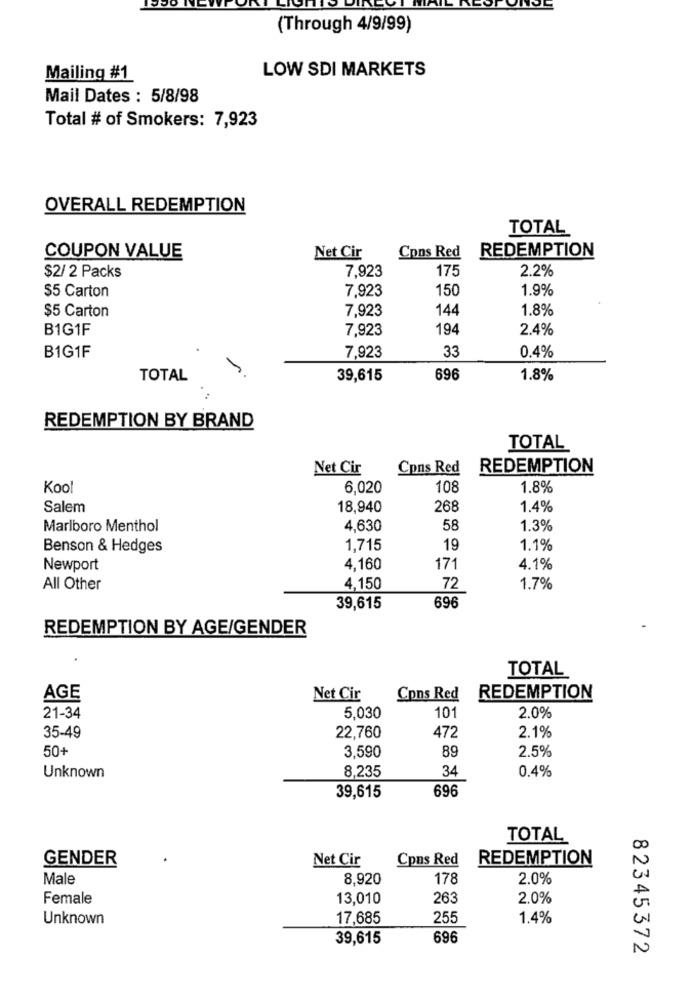
(Through 4/9/99)
LOW SDI MARKETS
Mailing #1
Mail Dates : 5/8/98
Total # of Smokers: 7,923
OVERALL REDEMPTION
TOTAL
REDEMPTION
COUPON VALUE
Net Cir
Cons Red
7,923
175
2.2%
$2/ 2 Packs
$5 Carton
7,923
150
1.9%
$5 Carton
7,923
144
1.8%
B1G1F
7,923
194
2.4%
33
B1G1F
7,923
0.4%
TOTAL
39,615
696
1.8%
REDEMPTION BY BRAND
TOTAL
Net Cir
Cons Red
REDEMPTION
Kool
6,020
108
1.8%
Salem
18,940
268
1.4%
Marlboro Menthol
4,630
58
1.3%
Benson & Hedges
1,715
19
1.1%
Newport
4,160
171
4.1%
All Other
4,150
72
1.7%
39,615
696
REDEMPTION BY AGE/GENDER
TOTAL
AGE
Net Cir
Cons Red
REDEMPTION
21-34
5.030
10
2.0%
35-49
22,760
472
2.1%
50+
89
2.5%
3,590
8,235
34
0.4%
Unknown
696
39,615
TOTAL
GENDER
Net Cir
Cpns Red
REDEMPTION
Male
8,920
178
2.0%
Female
13,010
263
2.0%
Unknown
17,685
255
1.4%
39,615
696
82345372